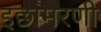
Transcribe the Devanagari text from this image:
इछामरणी